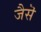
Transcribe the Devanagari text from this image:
जैसॆ